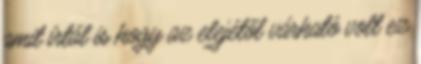
amit írtál is hogy az elejétől várható volt ez